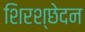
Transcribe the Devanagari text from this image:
शिरश्छेदन